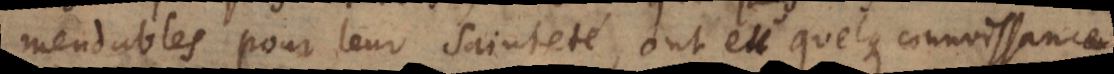
mendables pour leur sainteté, ont eu quelque connoissance